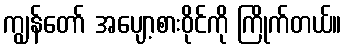
ကျွန်တော် အပျော့စားဝိုင်ကို ကြိုက်တယ်။